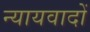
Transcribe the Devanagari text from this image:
न्यायवादों